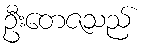
ဦးတေဇသည်